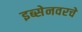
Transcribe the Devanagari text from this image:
इब्सेनवरचे